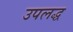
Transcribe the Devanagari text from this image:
उपलद्ध